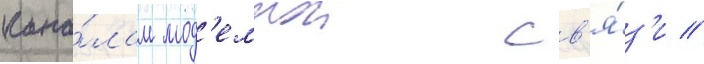
кана́лам мод'емнои св'я́з'и //